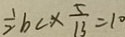
\frac { 1 } { 2 } b c \times \frac { 5 } { 1 3 } = 1 0